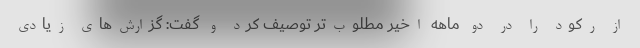
از رکود را در دو ماهه اخیر مطلوب‌تر توصیف کرد و گفت: گزارش‌های زیادی